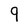
Character: 9